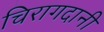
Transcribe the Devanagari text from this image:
चिरागदानी